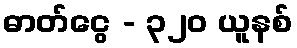
ဓာတ်ငွေ - ၃၂၀ ယူနစ်